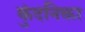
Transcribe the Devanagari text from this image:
कुंदनिका